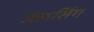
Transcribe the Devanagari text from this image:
जेलसिंग